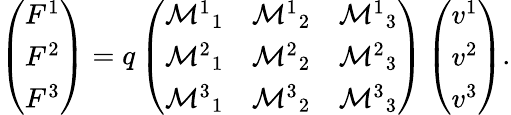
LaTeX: \left(\begin{array}{l}{F^{1}}\\ {F^{2}}\\ {F^{3}}\end{array}\right)=q\left(\begin{array}{lll}{\mathcal{M}^{1}{}_{1}}&{\mathcal{M}^{1}{}_{2}}&{\mathcal{M}^{1}{}_{3}}\\ {\mathcal{M}^{2}{}_{1}}&{\mathcal{M}^{2}{}_{2}}&{\mathcal{M}^{2}{}_{3}}\\ {\mathcal{M}^{3}{}_{1}}&{\mathcal{M}^{3}{}_{2}}&{\mathcal{M}^{3}{}_{3}}\end{array}\right)\left(\begin{array}{l}{v^{1}}\\ {v^{2}}\\ {v^{3}}\end{array}\right).